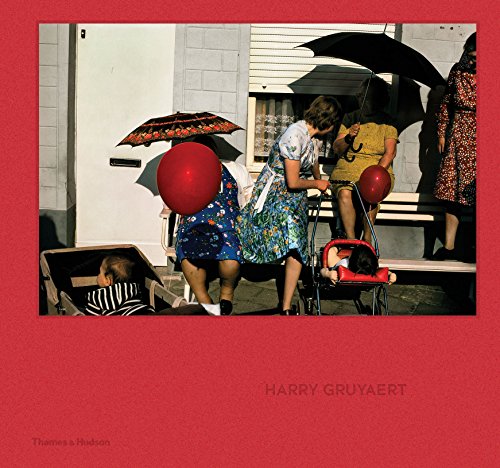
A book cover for Harry Gruyaert; Francois Hebel; Arts & Photography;